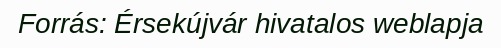
Forrás: Érsekújvár hivatalos weblapja